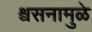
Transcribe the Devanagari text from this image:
श्वसनामुळे